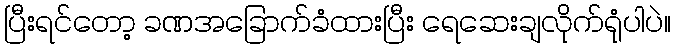
ပြီးရင်တော့ ခဏအခြောက်ခံထားပြီး ရေဆေးချလိုက်ရုံပါပဲ။